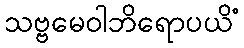
သဗ္ဗမေဝါဘိရောပယိံ